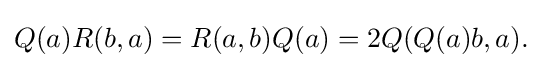
\displaystyle {Q(a)R(b,a)=R(a,b)Q(a)=2Q(Q(a)b,a).}